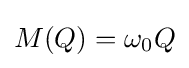
M(Q)=\omega _{0}Q